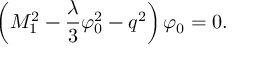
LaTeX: \left( M _ { 1 } ^ { 2 } - \frac { \lambda } { 3 } \varphi _ { 0 } ^ { 2 } - q ^ { 2 } \right) \varphi _ { 0 } = 0 .